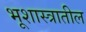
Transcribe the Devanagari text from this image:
भूशास्त्रातील